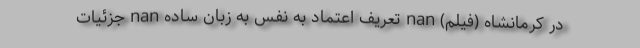
در کرمانشاه (فیلم) nan تعریف اعتماد به نفس به زبان ساده nan جزئیات